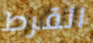
القرط